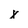
Character: x